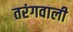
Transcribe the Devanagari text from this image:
तरंगवाली